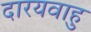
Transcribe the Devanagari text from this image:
दारयवाहु